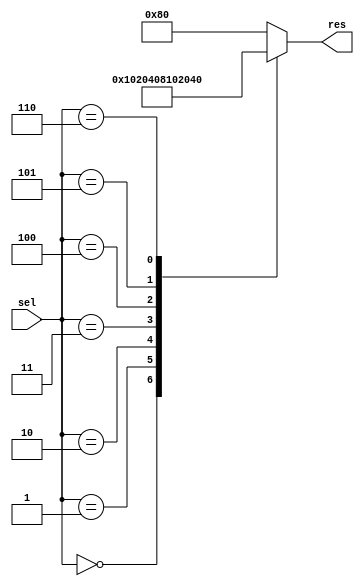
`timescale 1ns / 1ps

module Decoder3to8 (sel, res);  
  input [2:0] sel;  
  output [7:0] res;  
  reg [7:0] res;  
 //Process for the Decoder

  always @(sel or res)  
  begin  
    case (sel)  
       3'b000 : res = 8'b00000001;  
       3'b001 : res = 8'b00000010;  
       3'b010 : res = 8'b00000100;  
      3'b011 : res = 8'b00001000;  
      3'b100 : res = 8'b00010000;  
      3'b101 : res = 8'b00100000;  
      3'b110 : res = 8'b01000000;  
      default : res = 8'b10000000;  
    endcase  
  end  
endmodule